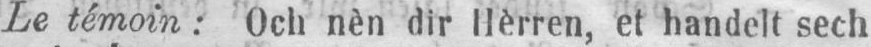
Le témoin: Och nèn dir Hèrren, et handelt sech